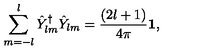
\sum _ { m = - l } ^ { l } \hat { Y } _ { l m } ^ { \dag } \hat { Y } _ { l m } = { \frac { ( 2 l + 1 ) } { 4 \pi } } { \bf 1 } ,